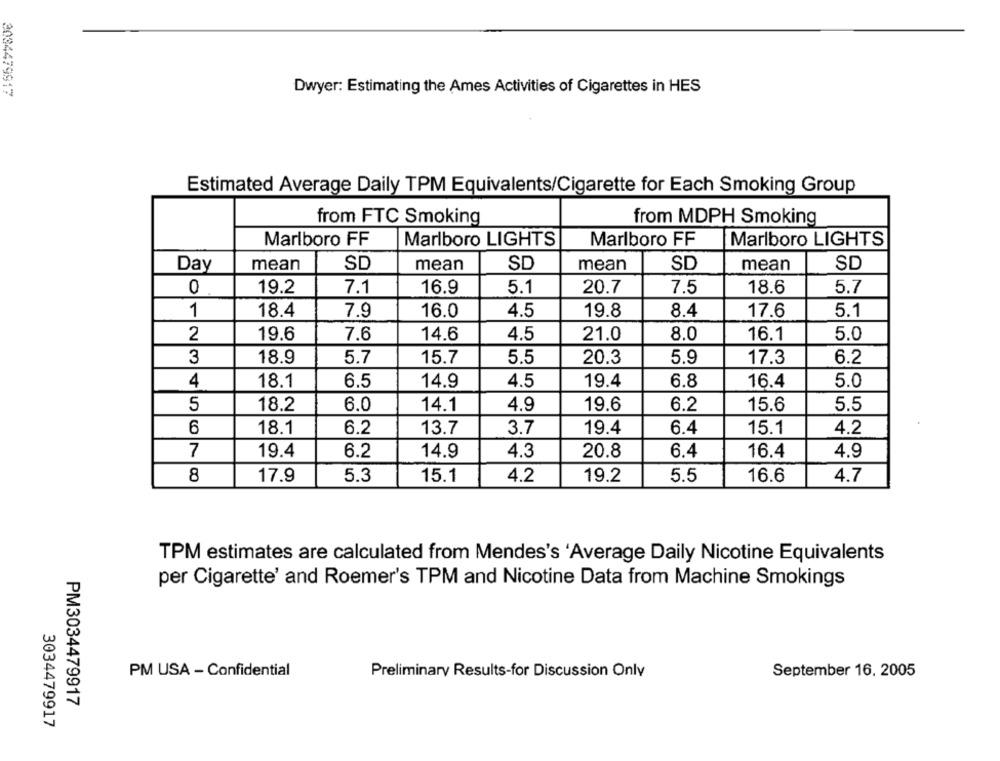
3034479917
Dwyer: Estimating the Ames Activities of Cigarettes in HES
Estimated Average Daily TPM Equivalents/Cigarette for Each Smoking Group
from FTC Smoking
from MDPH Smoking
Marlboro FF
Marlboro LIGHTS
Marlboro FF
Marlboro LIGHTS
Day
mean
SD
mean
SD
mean
SD
mean
SD
0
19.2
7.1
16.9
20.7
7.5
18.6
5.7
5.1
1
18.4
7.9
16.0
8.4
5.1
4.5
19.8
17.6
2
19.6
7.6
14.6
21.0
8.0
16.1
5.0
4.5
3
18.9
5.7
15.7
5.5
20.3
5.9
17.3
6.2
4
18.1
6.5
14.9
4.5
19.4
6.8
16.4
5.0
5
18.2
6.0
14.1
4.9
19.6
6.2
15.6
5.5
6
18.1
6.2
13.7
3.7
19.4
6.4
15.1
4.2
7
19.4
6.2
14.9
4.3
20.8
6.4
16.4
4.9
8
17.9
5.3
15.1
4.2
19.2
5.5
16.6
4.7
TPM estimates are calculated from Mendes's 'Average Daily Nicotine Equivalents
per Cigarette' and Roemer's TPM and Nicotine Data from Machine Smokings
PM USA - Confidential
Preliminary Results-for Discussion Onlv
September 16. 2005
PM3034479917
3034479917